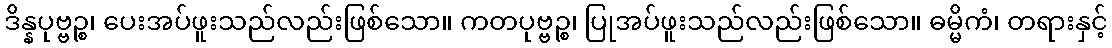
ဒိန္နပုဗ္ဗဉ္စ၊ ပေးအပ်ဖူးသည်လည်းဖြစ်သော။ ကတပုဗ္ဗဉ္စ၊ ပြုအပ်ဖူးသည်လည်းဖြစ်သော။ ဓမ္မိကံ၊ တရားနှင့်